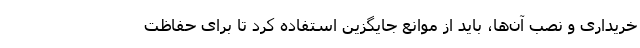
خریداری و نصب آن‌ها، باید از موانع جایگزین استفاده کرد تا برای حفاظت